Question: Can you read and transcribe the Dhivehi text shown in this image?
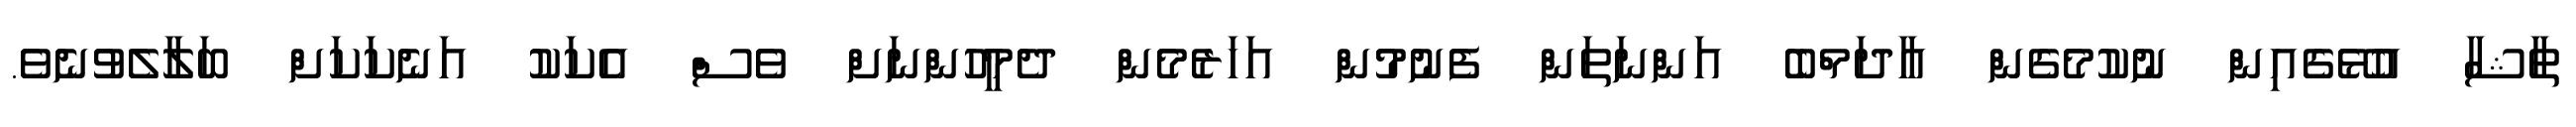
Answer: ތާޝާ އުޅޭގެއިން ނުކުމެގެން އާދަމްބެ އަންނަތަން ފެނުމުން އަހަރެމެން ދެމީހުންނަށް ވެސް އެކަކު އަނެކަކަށް ބަލާލެވުނެވެ.